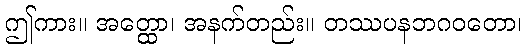
ဤကား။ အတ္ထော၊ အနက်တည်း။ တဿပနဘဂဝတော၊